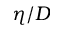
\eta / D